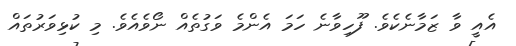
އެއީ ވާ ޒަމާނެކެވެ. ފޫހިވާނެ ހަމަ އެންމެ ވަގުތެއް ނޯވެއެވެ. މި ކުޅިވަރުތައް